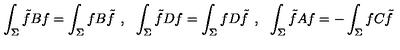
\int _ { \Sigma } \tilde { f } B f = \int _ { \Sigma } f B \tilde { f } \: \: , \: \: \: \int _ { \Sigma } \tilde { f } D f = \int _ { \Sigma } f D \tilde { f } \: \: , \: \: \: \int _ { \Sigma } \tilde { f } A f = - \int _ { \Sigma } f C \tilde { f }